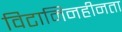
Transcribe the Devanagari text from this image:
विटामिनहीनता